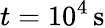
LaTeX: t=10^{4}\, \mathrm{s}